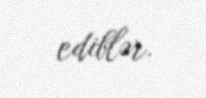
ediblər.